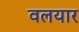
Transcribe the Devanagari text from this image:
वलयार